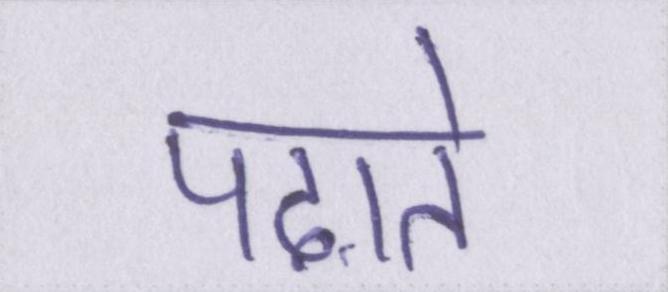
पढ़ाते